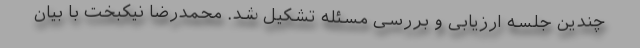
چندین جلسه ارزیابی و بررسی مسئله تشکیل شد. محمدرضا نیکبخت با بیان